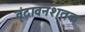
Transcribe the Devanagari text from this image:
वृंदावनशतक